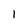
Character: l